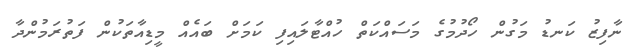
ނާފިޒު ކަނޑު މަގުން ހޯދުމުގެ މަސައްކަތް ހުއްޓާލައިފި ކަމަށް ބައެއް މީޑިއާތަކުން ފަތުރަމުންދާ